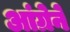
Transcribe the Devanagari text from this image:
आंग्रेने